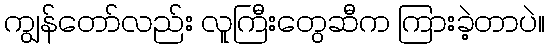
ကျွန်တော်လည်း လူကြီးတွေဆီက ကြားခဲ့တာပဲ။